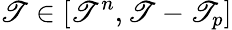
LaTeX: \mathscr{T}\in[\mathscr{T}^{n},\mathscr{T}-\mathscr{T}_{p}]